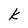
Character: k